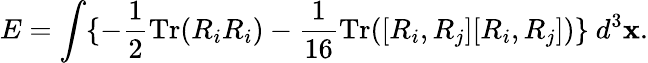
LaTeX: E=\int\{ -\frac{1}{2}\mathrm{Tr}(R_{i}R_{i})-\frac{1}{16}\mathrm{Tr}([R_{i},R_{j}][R_{i},R_{j}])\} \ d^{3}{\mathbf x}.